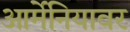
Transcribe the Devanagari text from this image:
आर्मेनियावर